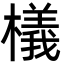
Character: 檥